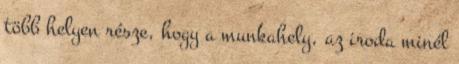
több helyen része, hogy a munkahely, az iroda minél